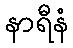
နာရီနံ